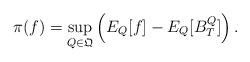
LaTeX: \begin{align*}\pi(f)=\sup_{Q\in\mathfrak{Q}}\left(E_Q[f]-E_Q[B_T^Q]\right).\end{align*}